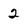
Character: 2